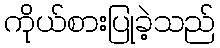
ကိုယ်စားပြုခဲ့သည်